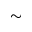
\sim